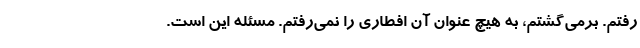
رفتم. برمی‌گشتم، به هیچ عنوان آن افطاری را نمی‌رفتم. مسئله این است.